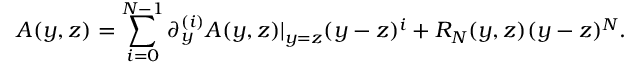
A ( y , z ) = \sum _ { i = 0 } ^ { N - 1 } \partial _ { y } ^ { ( i ) } A ( y , z ) | _ { y = z } ( y - z ) ^ { i } + R _ { N } ( y , z ) ( y - z ) ^ { N } .